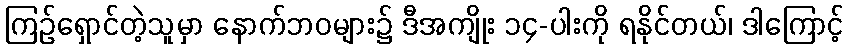
ကြဉ်ရှောင်တဲ့သူမှာ နောက်ဘဝများ၌ ဒီအကျိုး ၁၄-ပါးကို ရနိုင်တယ်၊ ဒါကြောင့်